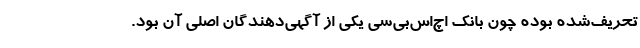
تحریف‌شده بوده چون بانک اچ‌اس‌بی‌سی یکی از آگهی‌دهندگان اصلی آن بود.